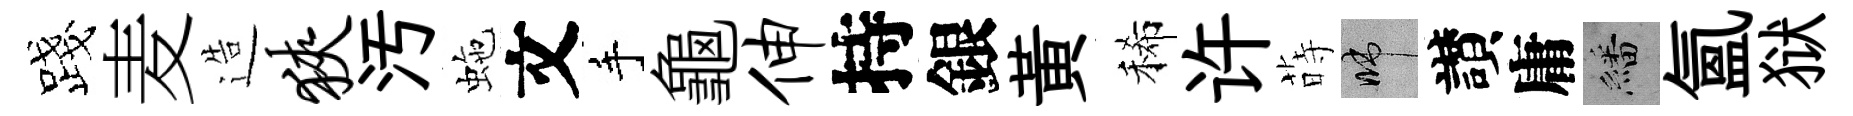
露麦造狭汚虵文手龜伸持銀黃稀许蒔啼讃庸繙氳狱